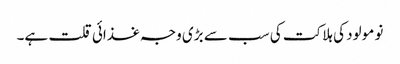
نو مولود کی ہلاکت کی سب سے بڑی وجہ غذائی قلت ہے۔